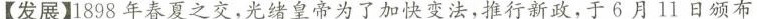
【发展】1898年春夏之交，光绪皇帝为了加快变法，推行新政，于6月11日颁布